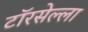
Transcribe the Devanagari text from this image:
टॉरसेल्ला